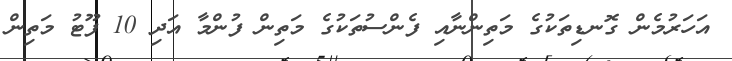
އަހަރުމެން ގޮނޑިތަކުގެ މަތިންނާއި ފެންސުތަކުގެ މަތިން ފުންމާ އަދި 10 ފޫޓު މަތިން